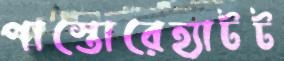
পাস্তোরেহ্যাটট